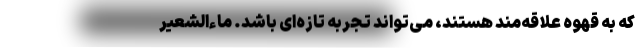
که به قهوه علاقه‌مند هستند، می‌تواند تجربه تازه‌ای باشد. ماءالشعیر